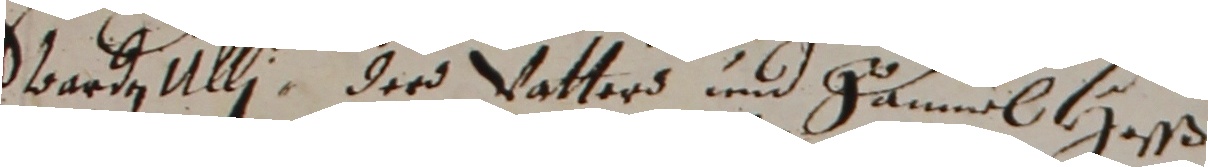
Sartn Ulli der vatters und Samuel aßß